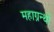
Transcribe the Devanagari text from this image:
महाग्रन्थों